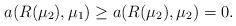
LaTeX: \begin{align*}a(R(\mu_2),\mu_1)\geq a(R(\mu_2),\mu_2)=0.\end{align*}